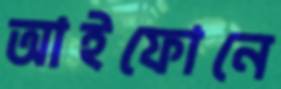
আইফোনে